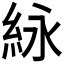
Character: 𬗊